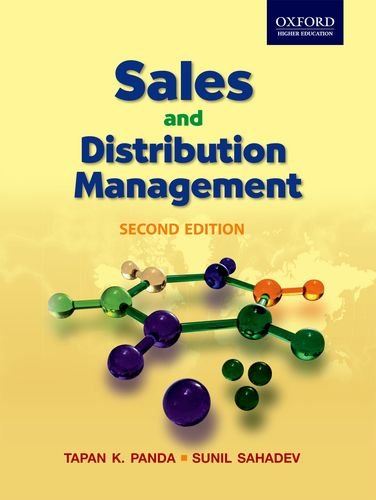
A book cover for Sales and Distribution Management, 2e; Tapan Panda; Business & Money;